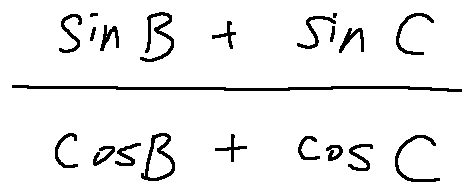
\frac { \sin B + \sin C } { \cos B + \cos C }